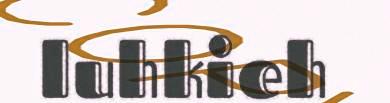
luhkieh